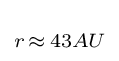
\scriptstyle r\,\approx \,43AU